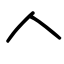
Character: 𠆢